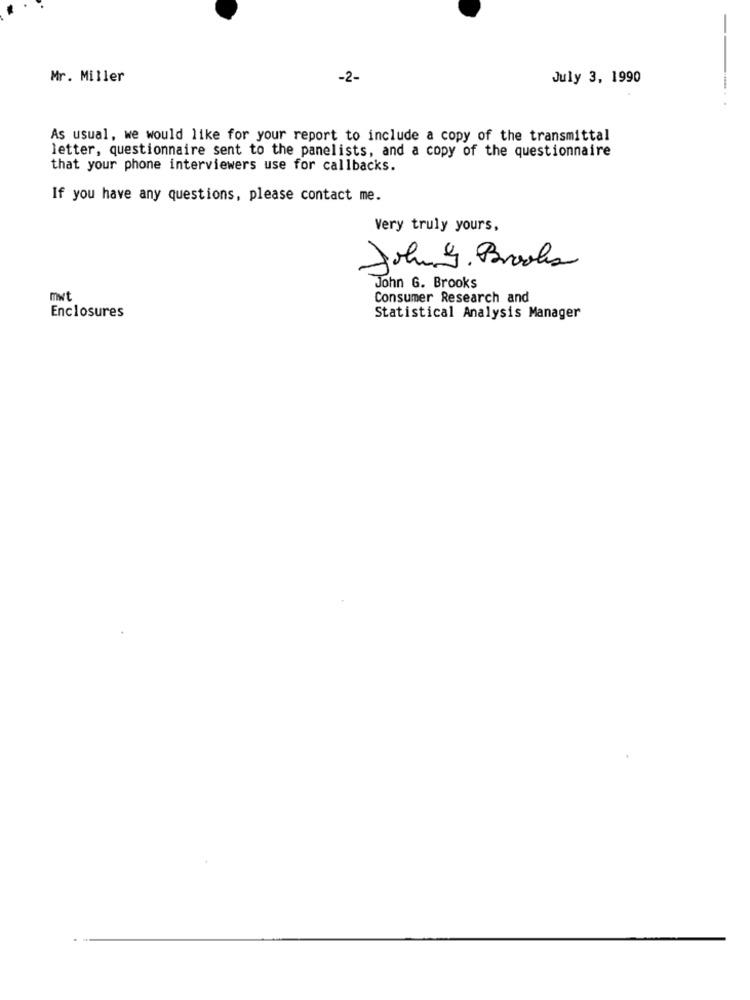
Mr. Miller
-2-
July 3, 1990
--..
As usual, we would like for your report to include a copy of the transmittal
letter, questionnaire sent to the panelists, and a copy of the questionnaire
that your phone interviewers use for callbacks.
If you have any questions, please contact me.
Very truly yours,
Johny. Brooks
John G. Brooks
mwt
Consumer Research and
Enclosures
Statistical Analysis Manager